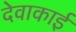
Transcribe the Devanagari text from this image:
देवाकाई